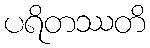
ပရိတဿတိ